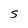
Character: S